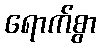
ရောက်စွာ